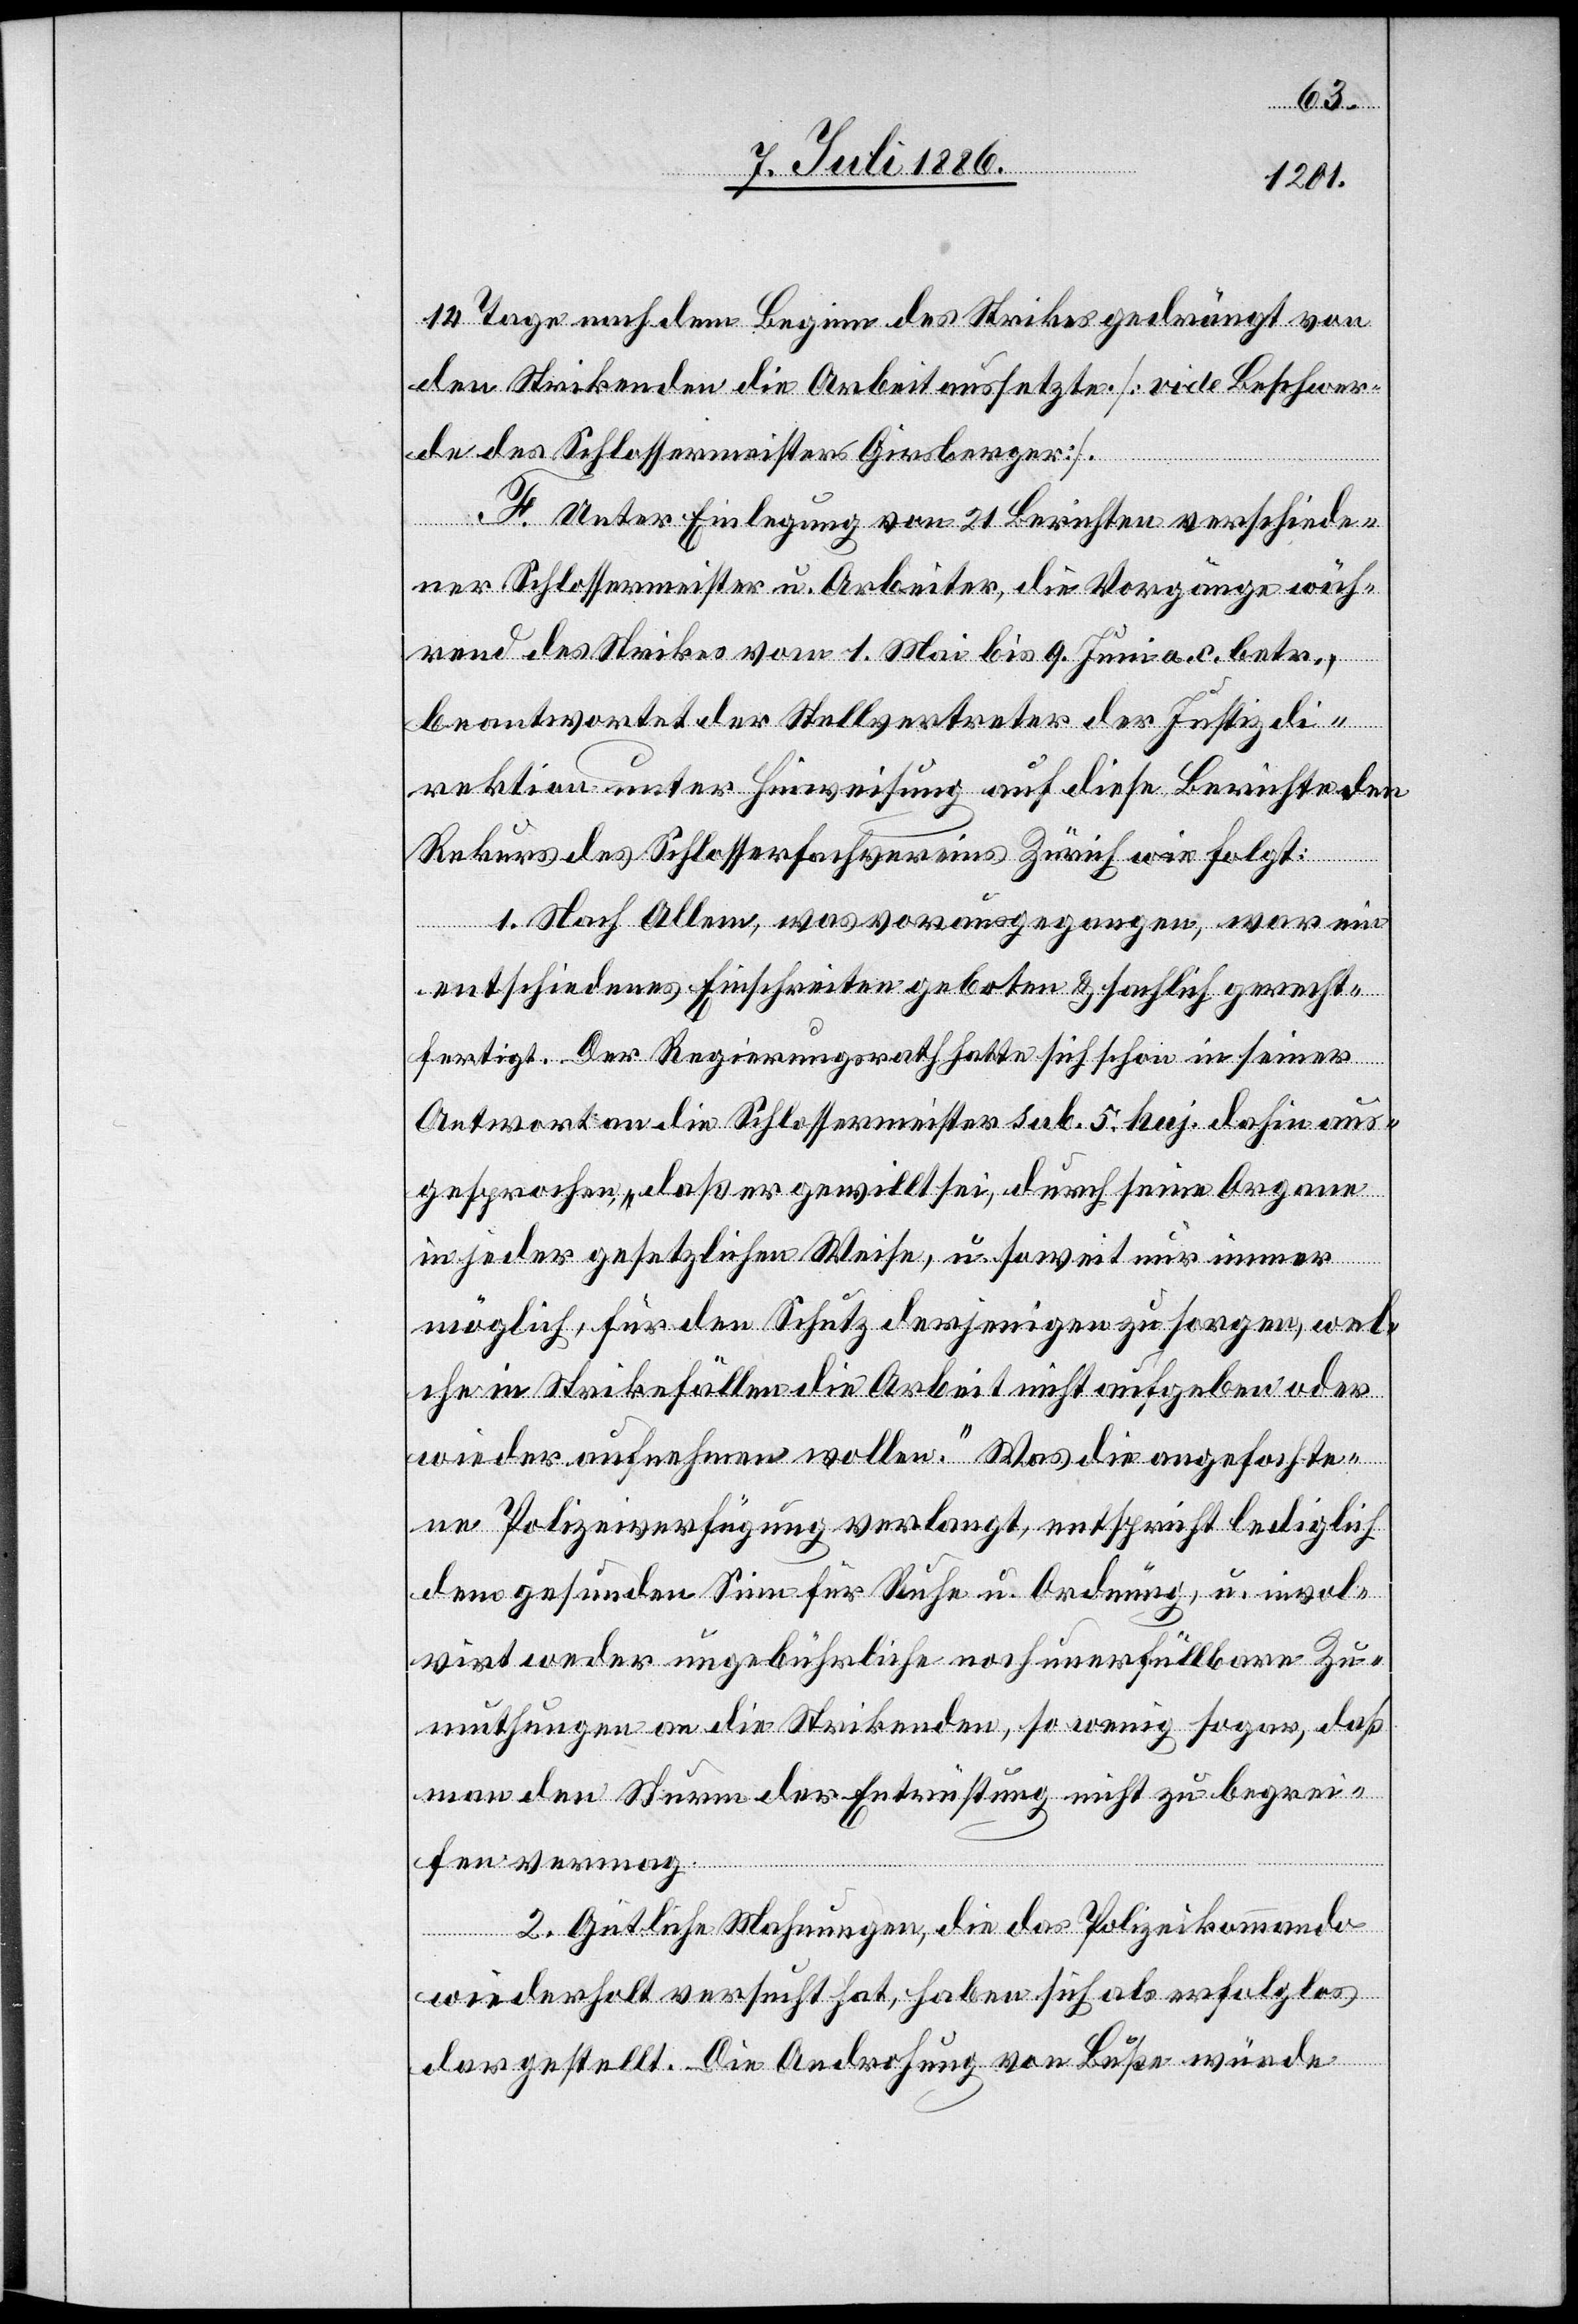
14 Tage nach dem Beginn des Strikes gedrängt von
den Strikenden die Arbeit aussetzte [vide Beschwer¬
de des Schlossermeisters Girsberger].
F. Unter Einlegung von 21 Berichten verschiede¬
ner Schlossermeister u. Arbeiter, die Vorgänge wäh¬
rend des Strikes vom 1. Mai bis 9. Juni a. c. betr.,
beantwortet der Stellvertreter der Justizdi¬
rektion unter Hinweisung auf diese Berichte den
Rekurs des Schlosserfachvereins Zürich wie folgt:
1. Nach allem, was vorausgegangen, war ein
entschiedenes Einschreiten geboten & sachlich gerecht¬
fertigt. Der Regierungsrath hatte sich schon in seiner
Antwort an die Schlossermeister sub. 5. huj. dahin aus¬
gesprochen, „daß er gewillt sei, durch seine Organe
in jeder gesetzlichen Weise, u. soweit nur immer
möglich, für den Schutz derjenigen zu sorgen, wel¬
che in Strikefällen die Arbeit nicht aufgeben oder
wieder aufnehmen wollen.“ Was die angefochte¬
ne Polizeiverfügung verlangt, entspricht lediglich
dem gesunden Sinn für Ruhe u. Ordnung, u. invol¬
virt weder ungebürliche noch unerfüllbare Zu¬
muthungen an die Strikenden, so wenig sogar, daß
man den Sturm der Entrüstung nicht zu begrei¬
fen vermag.
2. Gütliche Mahnungen, die das Polizeikommando
wiederholt versucht hat, haben sich als erfolglos
dargestellt. Die Androhung von Buße würde